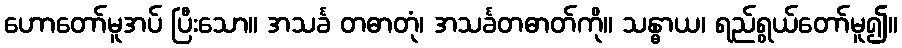
ဟောတော်မူအပ် ပြီးသော။ အသင်္ခ တဓာတုံ၊ အသင်္ခတဓာတ်ကို။ သန္ဓာယ၊ ရည်ရွယ်တော်မူ၍။